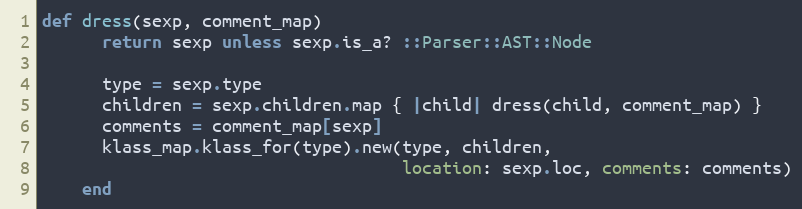
Language: Ruby
def dress(sexp, comment_map)
      return sexp unless sexp.is_a? ::Parser::AST::Node

      type = sexp.type
      children = sexp.children.map { |child| dress(child, comment_map) }
      comments = comment_map[sexp]
      klass_map.klass_for(type).new(type, children,
                                    location: sexp.loc, comments: comments)
    end